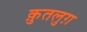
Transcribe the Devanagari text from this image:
क़ुतलुग़